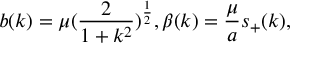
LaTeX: b ( k ) = \mu ( \frac { 2 } { 1 + k ^ { 2 } } ) ^ { \frac { 1 } { 2 } } , \beta ( k ) = \frac { \mu } { a } s _ { + } ( k ) ,